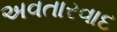
અવતારવાદ